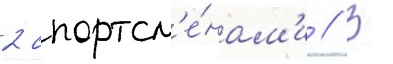
2 спортсм'е́нам'и // В